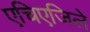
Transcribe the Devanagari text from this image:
एचिएजिले